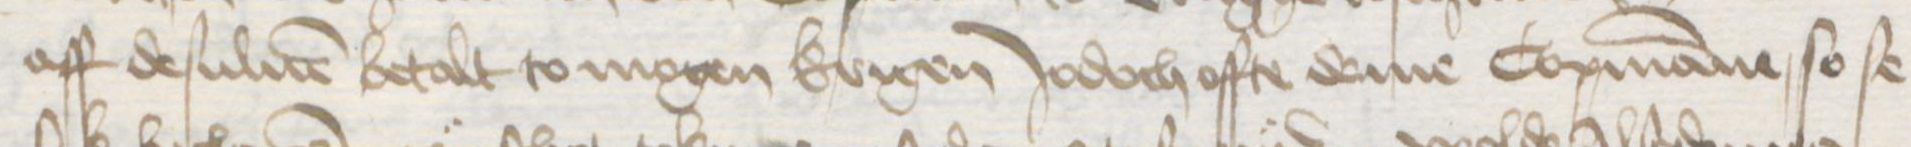
Transcription: aff desuluen betalt to mogen krigen Jodoch offte deme Copmanne so se